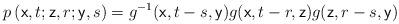
LaTeX: \begin{align*}p\left( \mathsf{x},t;\mathsf{z},r;\mathsf{y},s\right) =g^{-1}(\mathsf{x},t-s,\mathsf{y})g(\mathsf{x},t-r,\mathsf{z})g(\mathsf{z},r-s,\mathsf{y})\end{align*}